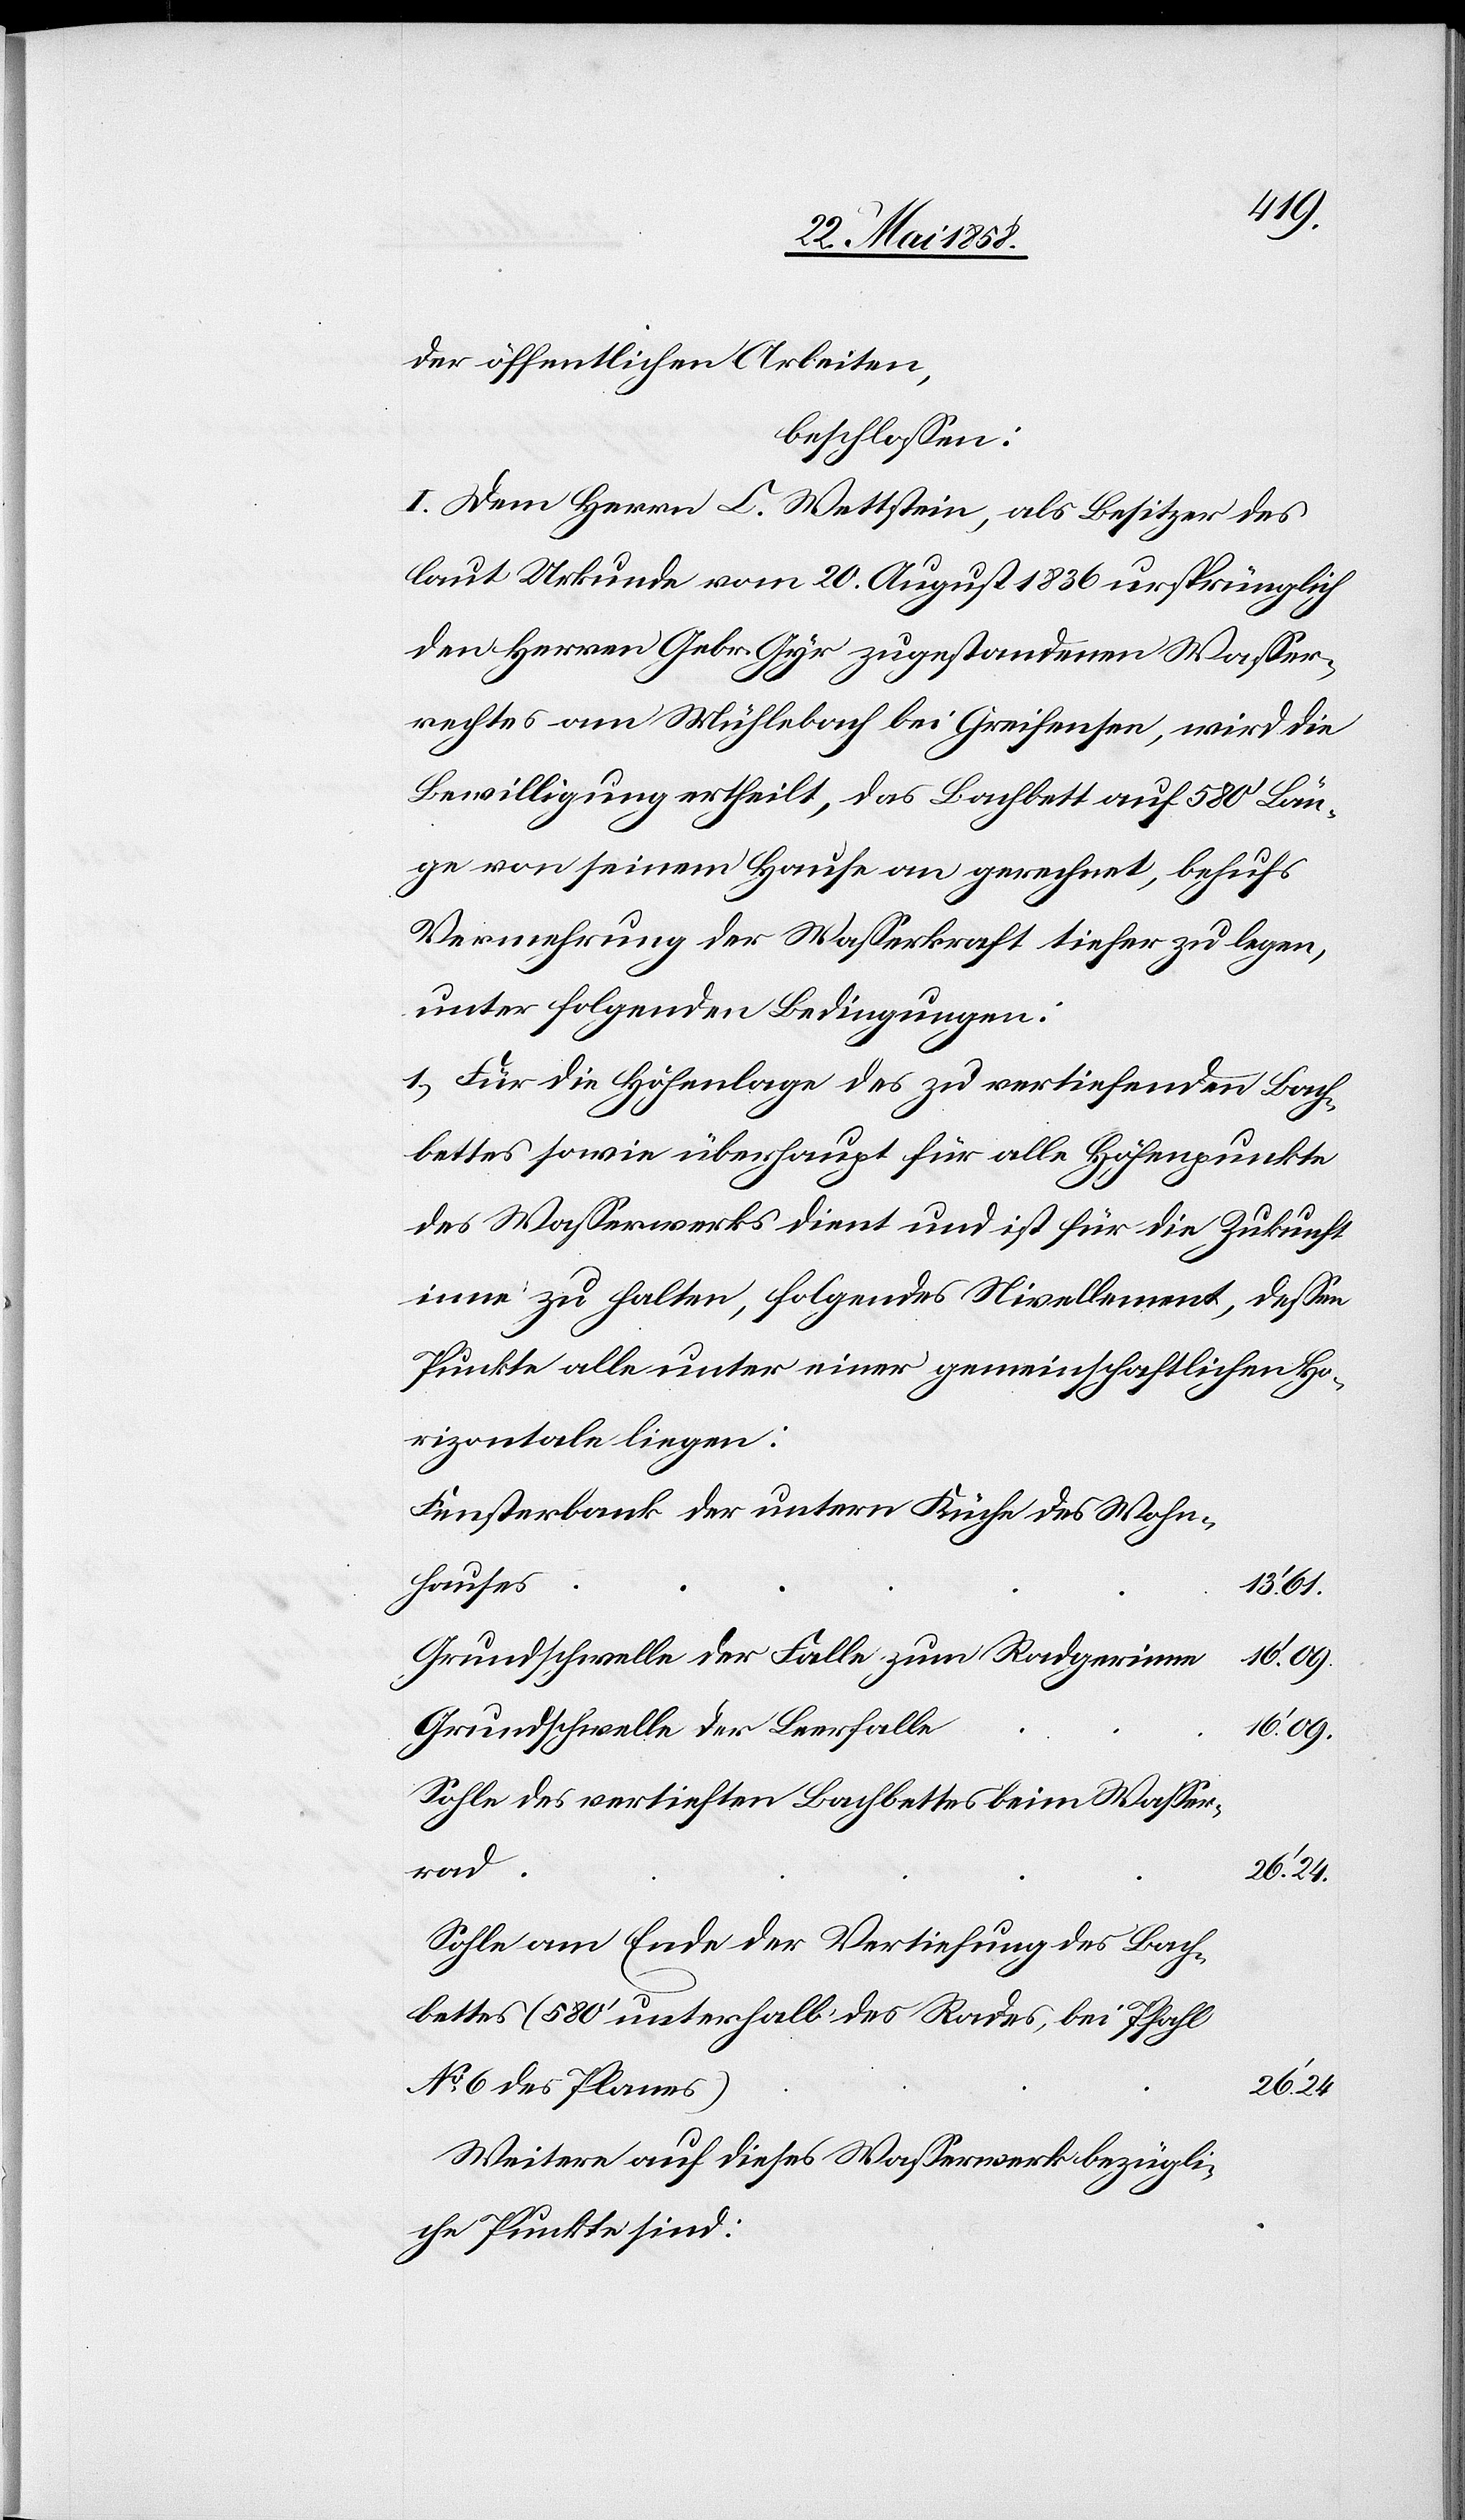
der öffentlichen Arbeiten,
beschlossen:
I. Dem Herrn C. Wettstein, als Besitzer des
laut Urkunde vom 20. August 1836 ursprünglich
den Herren Gebr. Gyr zugestandenen Wasser¬
rechtes am Mühlebach bei Greifensee, wird die
Bewilligung ertheilt, das Bachbett auf 580’ Län¬
ge von seinem Hause an gerechnet, behufs
Vermehrung der Wasserkraft tiefer zu legen,
unter folgenden Bedingungen:
1. Für die Höhenlage des zu vertiefenden Bach¬
bettes sowie überhaupt für alle Höhenpunkte
des Wasserwerks dient und ist für die Zukunft
inne zu halten, folgendes Nivellement, dessen
Punkte alle unter einer gemeinschaftlichen Ho¬
rizontale liegen:
Fensterbank der untern Küche des Wohn¬
hauses
16’ 09
Grundschwelle der Falle zum Radgerinne
Grundschwelle der Leerfalle
Sohle des vertieften Bachbettes beim Wasser¬
rad
Sohle am Ende der Vertiefung des Bach¬
bettes (580’ unterhalb des Rades, bei Pfahl
No 6 des Planes)
26’ 24
Weitere auf dieses Wasserwerk bezügli¬
che Punkte sind: